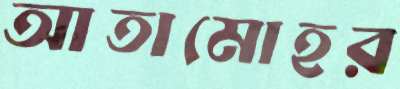
আতামোহর